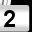
Digit: 2